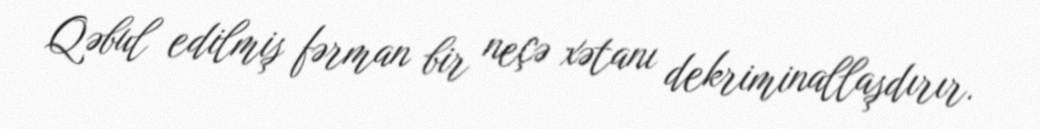
Qəbul edilmiş fərman bir neçə xətanı dekriminallaşdırır.